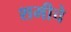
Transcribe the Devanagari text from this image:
शमीचे